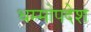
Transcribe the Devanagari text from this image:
धम्मोपदेश